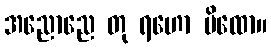
အညောညေ တု ရဟော မိထော။